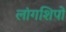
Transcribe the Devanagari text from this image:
लांगशिपों